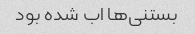
بستنی‌ها اب شده بود